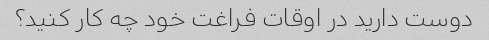
دوست دارید در اوقات فراغت خود چه کار کنید؟